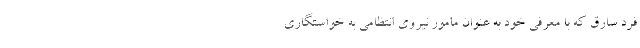
فرد سارق که با معرفی خود به عنوان مامور نیروی انتظامی به خواستگاری